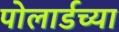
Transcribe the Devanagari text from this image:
पोलार्डच्या